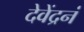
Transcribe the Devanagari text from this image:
देवेंद्रनं